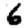
Digit: 6